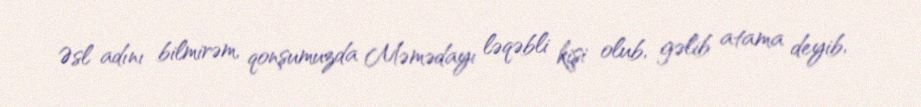
Əsl adını bilmirəm, qonşumuzda Məmədayı ləqəbli kişi olub, gəlib atama deyib,